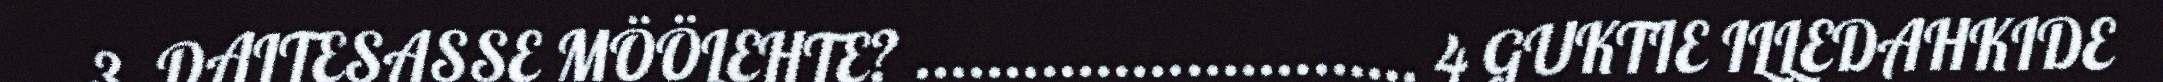
3. DALTESASSE MÖÖLEHTE? ............................ 4 GUKTIE ILLEDAHKIDE